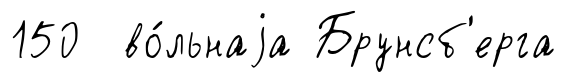
150 во́льнаjа Брунсб'ерга